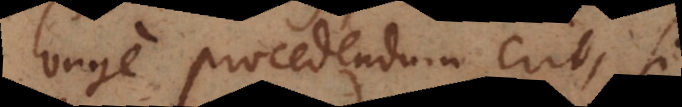
longe procedendum erit, si